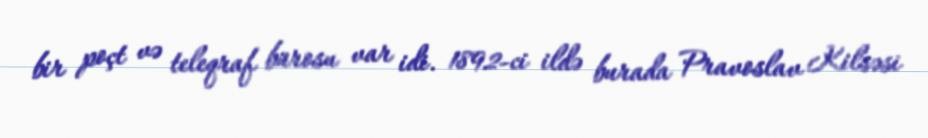
bir poçt və teleqraf bürosu var idi. 1892-ci ildə burada Pravoslav Kilsəsi